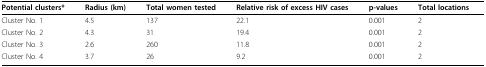
| Potential clusters* | Radius (km) | Total women tested | Relative risk of excess HIV cases | p-values | Total locations |
 | --- | --- | --- | --- | --- | --- |
 | Cluster No. 1 | 4.5 | 137 | 22.1 | 0.001 | 2 |
 | Cluster No. 2 | 4.3 | 31 | 19.4 | 0.001 | 2 |
 | Cluster No. 3 | 2.6 | 260 | 11.8 | 0.001 | 2 |
 | Cluster No. 4 | 3.7 | 26 | 9.2 | 0.001 | 2 |